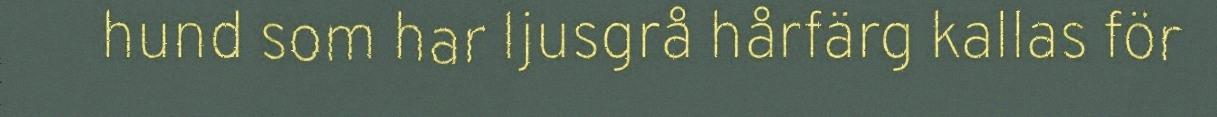
hund som har ljusgrå hårfärg kallas för